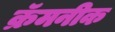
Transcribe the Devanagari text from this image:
क्रॅमनीक